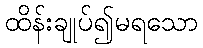
ထိန်းချုပ်၍မရသော